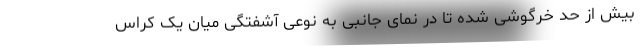
بیش از حد خرگوشی شده تا در نمای جانبی به نوعی آشفتگی میان یک کراس